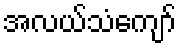
အလယ်သံကျော်